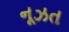
નૂઝત